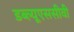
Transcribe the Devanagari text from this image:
डब्ल्यूएससीवी